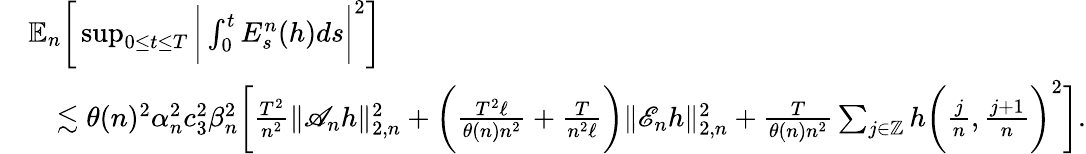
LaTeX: \begin{array}{rl}&{\mathbb{E}_{n}\bigg[\operatorname*{sup}_{0\le t\le T}\bigg|\int_{0}^{t}E_{s}^{n}(h)ds\bigg|^{2}\bigg]}\\ &{\quad\lesssim\theta(n)^{2}\alpha_{n}^{2}c_{3}^{2}\beta_{n}^{2}\bigg[\frac{T^{2}}{n^{2}}\| \mathscr{A}_{n}h\| _{2,n}^{2}+\bigg(\frac{T^{2}\ell}{\theta(n)n^{2}}+\frac{T}{n^{2}\ell}\bigg)\| \mathscr{E}_{n}h\| _{2,n}^{2}+\frac{T}{\theta(n)n^{2}}\sum_{j\in\mathbb{Z}}h\bigg(\frac{j}{n},\frac{j+1}{n}\bigg)^{2}\bigg].}\end{array}